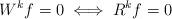
LaTeX: \begin{align*}W^{k}f =0 \iff R^{k}f =0 \end{align*}